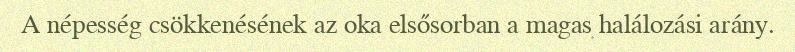
A népesség csökkenésének az oka elsősorban a magas halálozási arány.